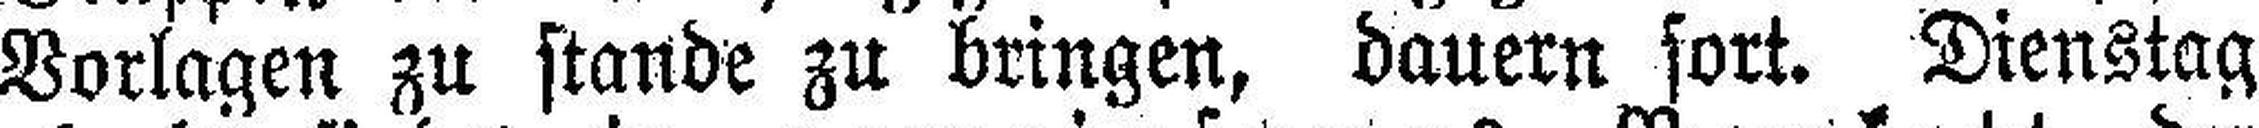
Vorlagen zu stände zu bringen, dauern fort. Dienstag